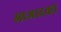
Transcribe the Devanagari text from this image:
आजादको